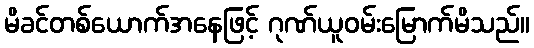
မိခင်တစ်ယောက်အနေဖြင့် ဂုဏ်ယူဝမ်းမြောက်မိသည်။